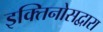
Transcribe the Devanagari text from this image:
इक्तिनोसद्वारा